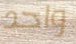
واحد